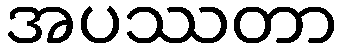
အပဿတာ